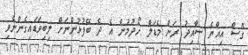
ގޮސް އިއްޔެ ސާއިދު ރަން މެޑަލް ހޯދުމުން އެ ދެ ބޭފުޅުންނަށް ލިބިވަޑައިގެންނެވި